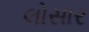
લોસાર